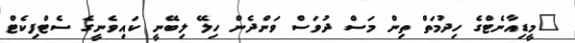
"މީޑިއާނެޓްގެ ހިދުމަތް ތިން މަސް ދުވަސް ވަންދެން ހިލޭ ލިބޭނީ ކައިވެނީގެ ސެޓްފިކެޓް